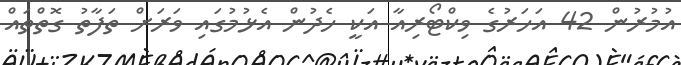
އުމުރުން 42 އަހަރުގެ ވިކްޓޯރިއާ އަކީ ހެދުން އެޅުމުގައި ވަރަށް ތަފާތު ގޮތްތައް